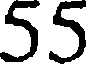
55